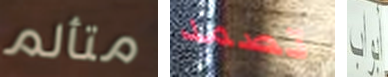
متألم تصمد أبواب